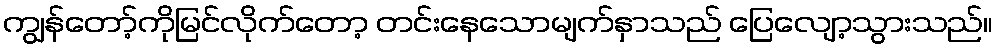
ကျွန်တော့်ကိုမြင်လိုက်တော့ တင်းနေသောမျက်နှာသည် ပြေလျော့သွားသည်။